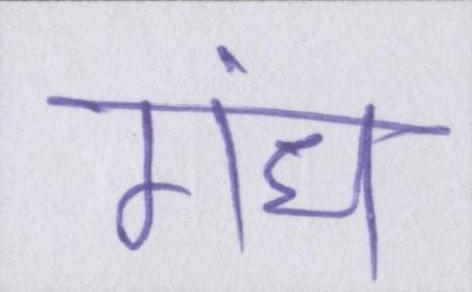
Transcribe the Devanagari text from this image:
गंध